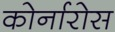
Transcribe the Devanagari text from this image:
कोर्नारोस